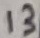
Text: 13